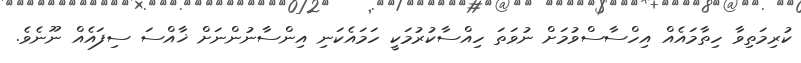
ކުރިމަތިވާ ހިތާމައެއް އިހްސާސްވުމަށް ނުވަތަ ހިއްސާކުރުމަކީ ހަމައެކަނި އިންސާނުންނަށް ޚާއްސަ ސިފައެއް ނޫނެވެ.